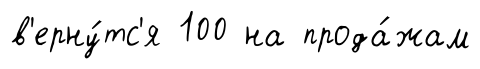
в'ерну́тс'я 100 на прода́жам